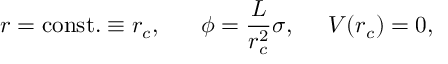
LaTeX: r = \mathrm { c o n s t . } \equiv r _ { c } , \; \; \; \; \; \; \phi = \frac { L } { r _ { c } ^ { 2 } } \sigma , \; \; \; \; \; V ( r _ { c } ) = 0 ,